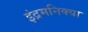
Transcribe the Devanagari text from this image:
इंद्रमनिक्या